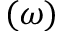
( \omega )